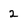
Character: 2